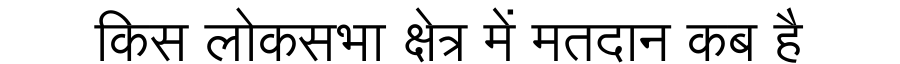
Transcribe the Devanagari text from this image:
किस लोकसभा क्षेत्र में मतदान कब है